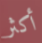
أكثر